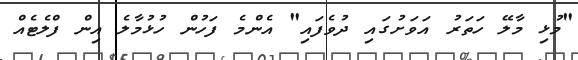
"މުޅި މާލޭ ހަތަރު އަވަށުގައި ދުވެފައި" އެންމެ ފަހުން ހުޅުމާލެ އިން ފްލެޓެއް